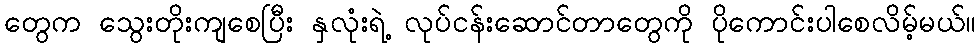
တွေက သွေးတိုးကျစေပြီး နှလုံးရဲ့ လုပ်ငန်းဆောင်တာတွေကို ပိုကောင်းပါစေလိမ့်မယ်။